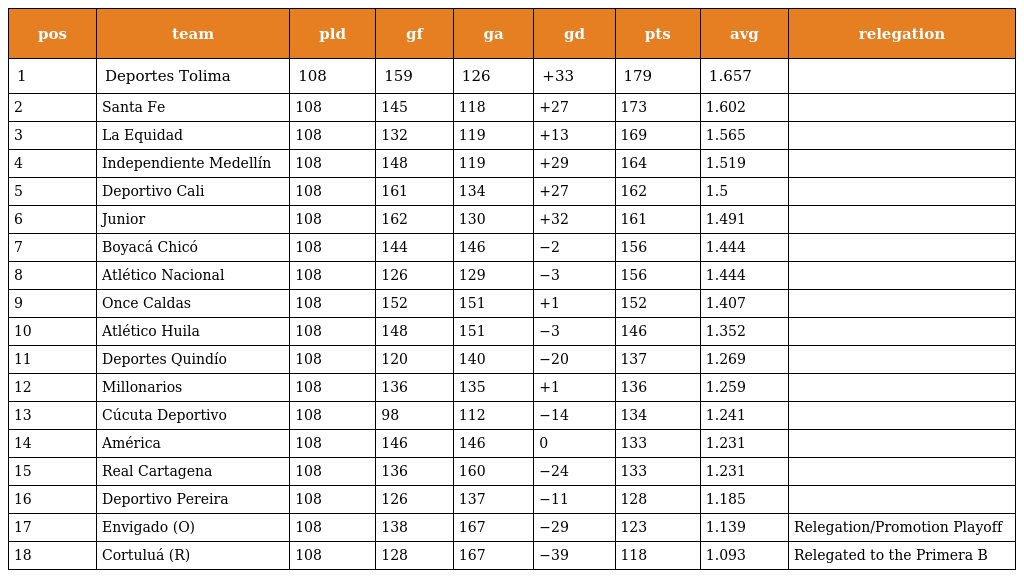
| pos | team | pld | gf | ga | gd | pts | avg | relegation |
 | --- | --- | --- | --- | --- | --- | --- | --- | --- |
 | 1 | Deportes Tolima | 108 | 159 | 126 | +33 | 179 | 1.657 |  |
 | 2 | Santa Fe | 108 | 145 | 118 | +27 | 173 | 1.602 |  |
 | 3 | La Equidad | 108 | 132 | 119 | +13 | 169 | 1.565 |  |
 | 4 | Independiente Medellín | 108 | 148 | 119 | +29 | 164 | 1.519 |  |
 | 5 | Deportivo Cali | 108 | 161 | 134 | +27 | 162 | 1.5 |  |
 | 6 | Junior | 108 | 162 | 130 | +32 | 161 | 1.491 |  |
 | 7 | Boyacá Chicó | 108 | 144 | 146 | −2 | 156 | 1.444 |  |
 | 8 | Atlético Nacional | 108 | 126 | 129 | −3 | 156 | 1.444 |  |
 | 9 | Once Caldas | 108 | 152 | 151 | +1 | 152 | 1.407 |  |
 | 10 | Atlético Huila | 108 | 148 | 151 | −3 | 146 | 1.352 |  |
 | 11 | Deportes Quindío | 108 | 120 | 140 | −20 | 137 | 1.269 |  |
 | 12 | Millonarios | 108 | 136 | 135 | +1 | 136 | 1.259 |  |
 | 13 | Cúcuta Deportivo | 108 | 98 | 112 | −14 | 134 | 1.241 |  |
 | 14 | América | 108 | 146 | 146 | 0 | 133 | 1.231 |  |
 | 15 | Real Cartagena | 108 | 136 | 160 | −24 | 133 | 1.231 |  |
 | 16 | Deportivo Pereira | 108 | 126 | 137 | −11 | 128 | 1.185 |  |
 | 17 | Envigado (O) | 108 | 138 | 167 | −29 | 123 | 1.139 | Relegation/Promotion Playoff |
 | 18 | Cortuluá (R) | 108 | 128 | 167 | −39 | 118 | 1.093 | Relegated to the Primera B |